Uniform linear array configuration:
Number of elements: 8
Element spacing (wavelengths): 0.25
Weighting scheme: hamming
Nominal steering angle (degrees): -45
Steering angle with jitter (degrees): -44.61
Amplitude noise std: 0.05
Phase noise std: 0.05

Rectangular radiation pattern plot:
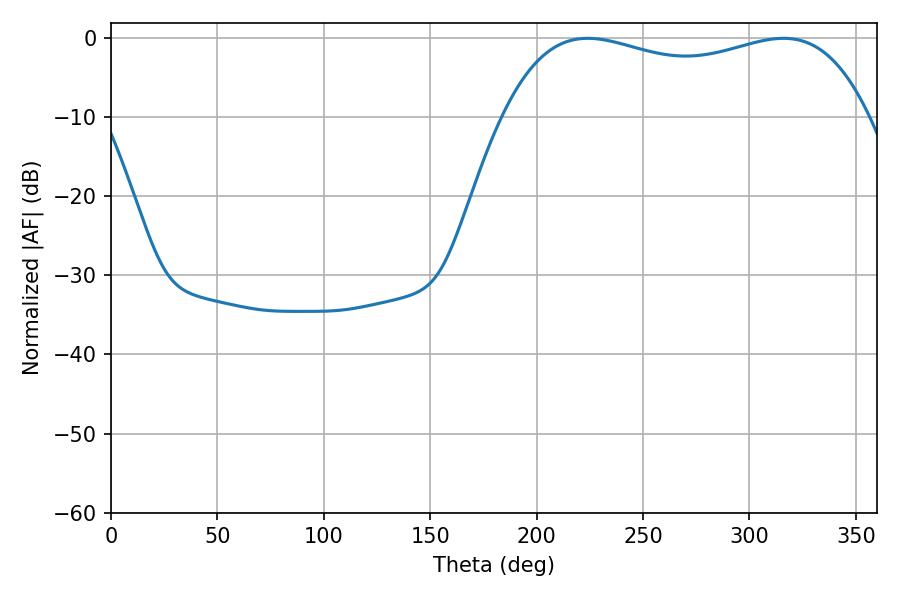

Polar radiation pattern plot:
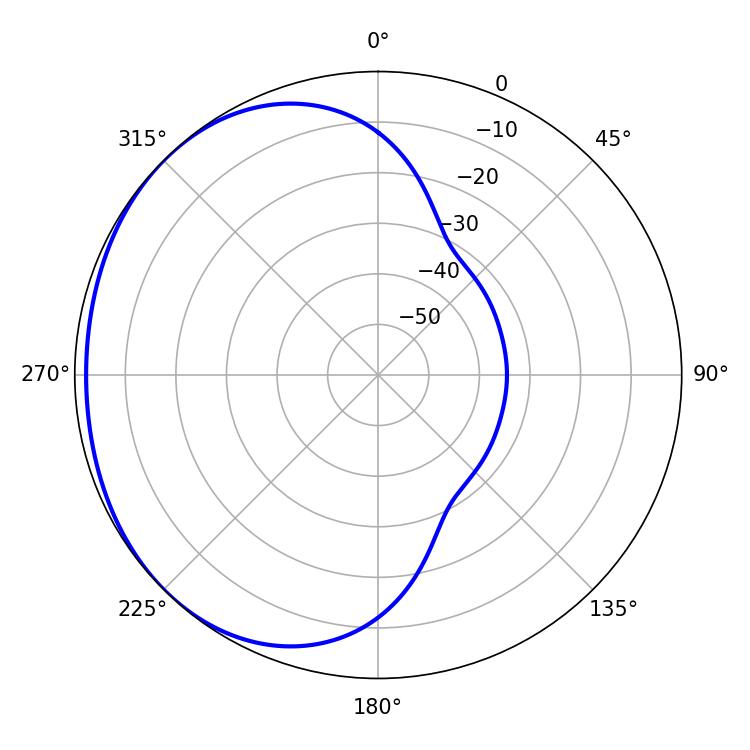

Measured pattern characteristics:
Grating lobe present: FALSE
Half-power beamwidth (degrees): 140.04
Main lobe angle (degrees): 223.92